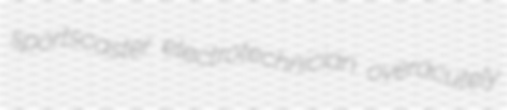
sportscaster electrotechnician overacutely